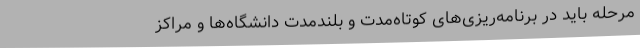
مرحله باید در برنامه‌ریزی‌های کوتاه‌مدت و بلندمدت دانشگاه‌ها و مراکز